Plague in India, 1896, 1897 - Volume 3
Year: 1896
Disease focus: Plague
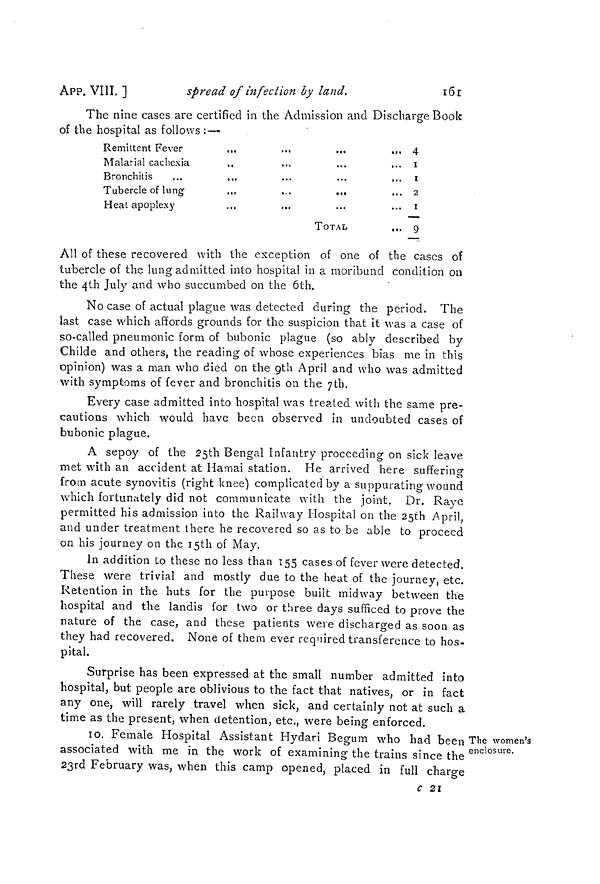
161
APP. VIII. ]
spread of infection by land.
The nine cases are certified in the Admission and Discharge Book
of the hospital as follows : —
Remittent Fever
Malarial cachexia
Bronchitis
..,
,,.
Tubercle of lung
Heat apoplexy
...
...
...
...
...
,..
TOTAL
... 4
... 1
... 1
... 2
I
... 9
All of these recovered with the exception of one of the cases of
tubercle of the lung admitted into hospital in a moribund condition on
the 4th July and who succumbed on the 6th.
No case of actual plague was detected during the period. The
ïast case which affords grounds for the suspicion that it was a case of
so-called pneumonic form of bubonic plague (so ably described by
Childe and others, the reading of whose experiences bias me in this
opinion) was a man who died on the 9th April and who was admitted
with symptoms of fever and bronchitis on the 7th.
Every case admitted into hospital was treated with the same pre-
cautions which would have been observed in undoubted cases of
bubonic plague.
A sepoy of the 25th Bengal Infantry proceeding on sick leave
met with an accident at Hamai station. He arrived here suffering
from acute synovitis (right knee) complicated by a suppurating wound
which fortunately did not communicate with the joint. Dr. Rave
permitted his admission into the Railway Hospital on the 25th April,
and under treatment there he recovered so as to be able to proceed
on his journey on the 15th of May.
In addition to these no less than 155 cases of fever were detected.
These were trivial and mostly due to the heat of the journey, etc.
Retention in the huts for the purpose built midway between the
hospital and the landis for two or three days sufficed to prove the
nature of the case, and these patients were discharged as soon as
they had recovered. None of them ever required transference to hos-
pital.
Surprise has been expressed at the small number admitted into
hospital, but people are oblivious to the fact that natives, or in fact
any one, will rarely travel when sick, and certainly not at such a
time as the present, when detention, etc., were being- enforced.
The women's
enclosure.
1o. Female Hospital Assistant Hydari Begum who had been
associated with me in the work of examining the trains since the
23rd February was, when this camp opened, placed in full charge
c 21